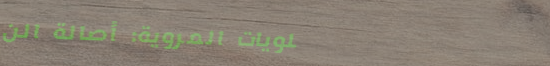
حلويات المروية: أصالة الن